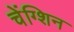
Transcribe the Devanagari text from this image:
चेंग्शिन